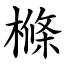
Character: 樤